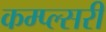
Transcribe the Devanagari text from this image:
कम्प्ल्सरी